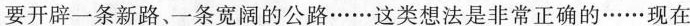
要开辟一条新路、一条宽阔的公路……这类想法是非常正确的……现在